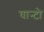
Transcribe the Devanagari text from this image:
घान्टो